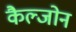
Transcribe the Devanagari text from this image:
कैल्जोन